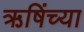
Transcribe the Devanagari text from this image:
ऋषिंच्या